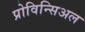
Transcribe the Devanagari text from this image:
प्रोविन्सिअल